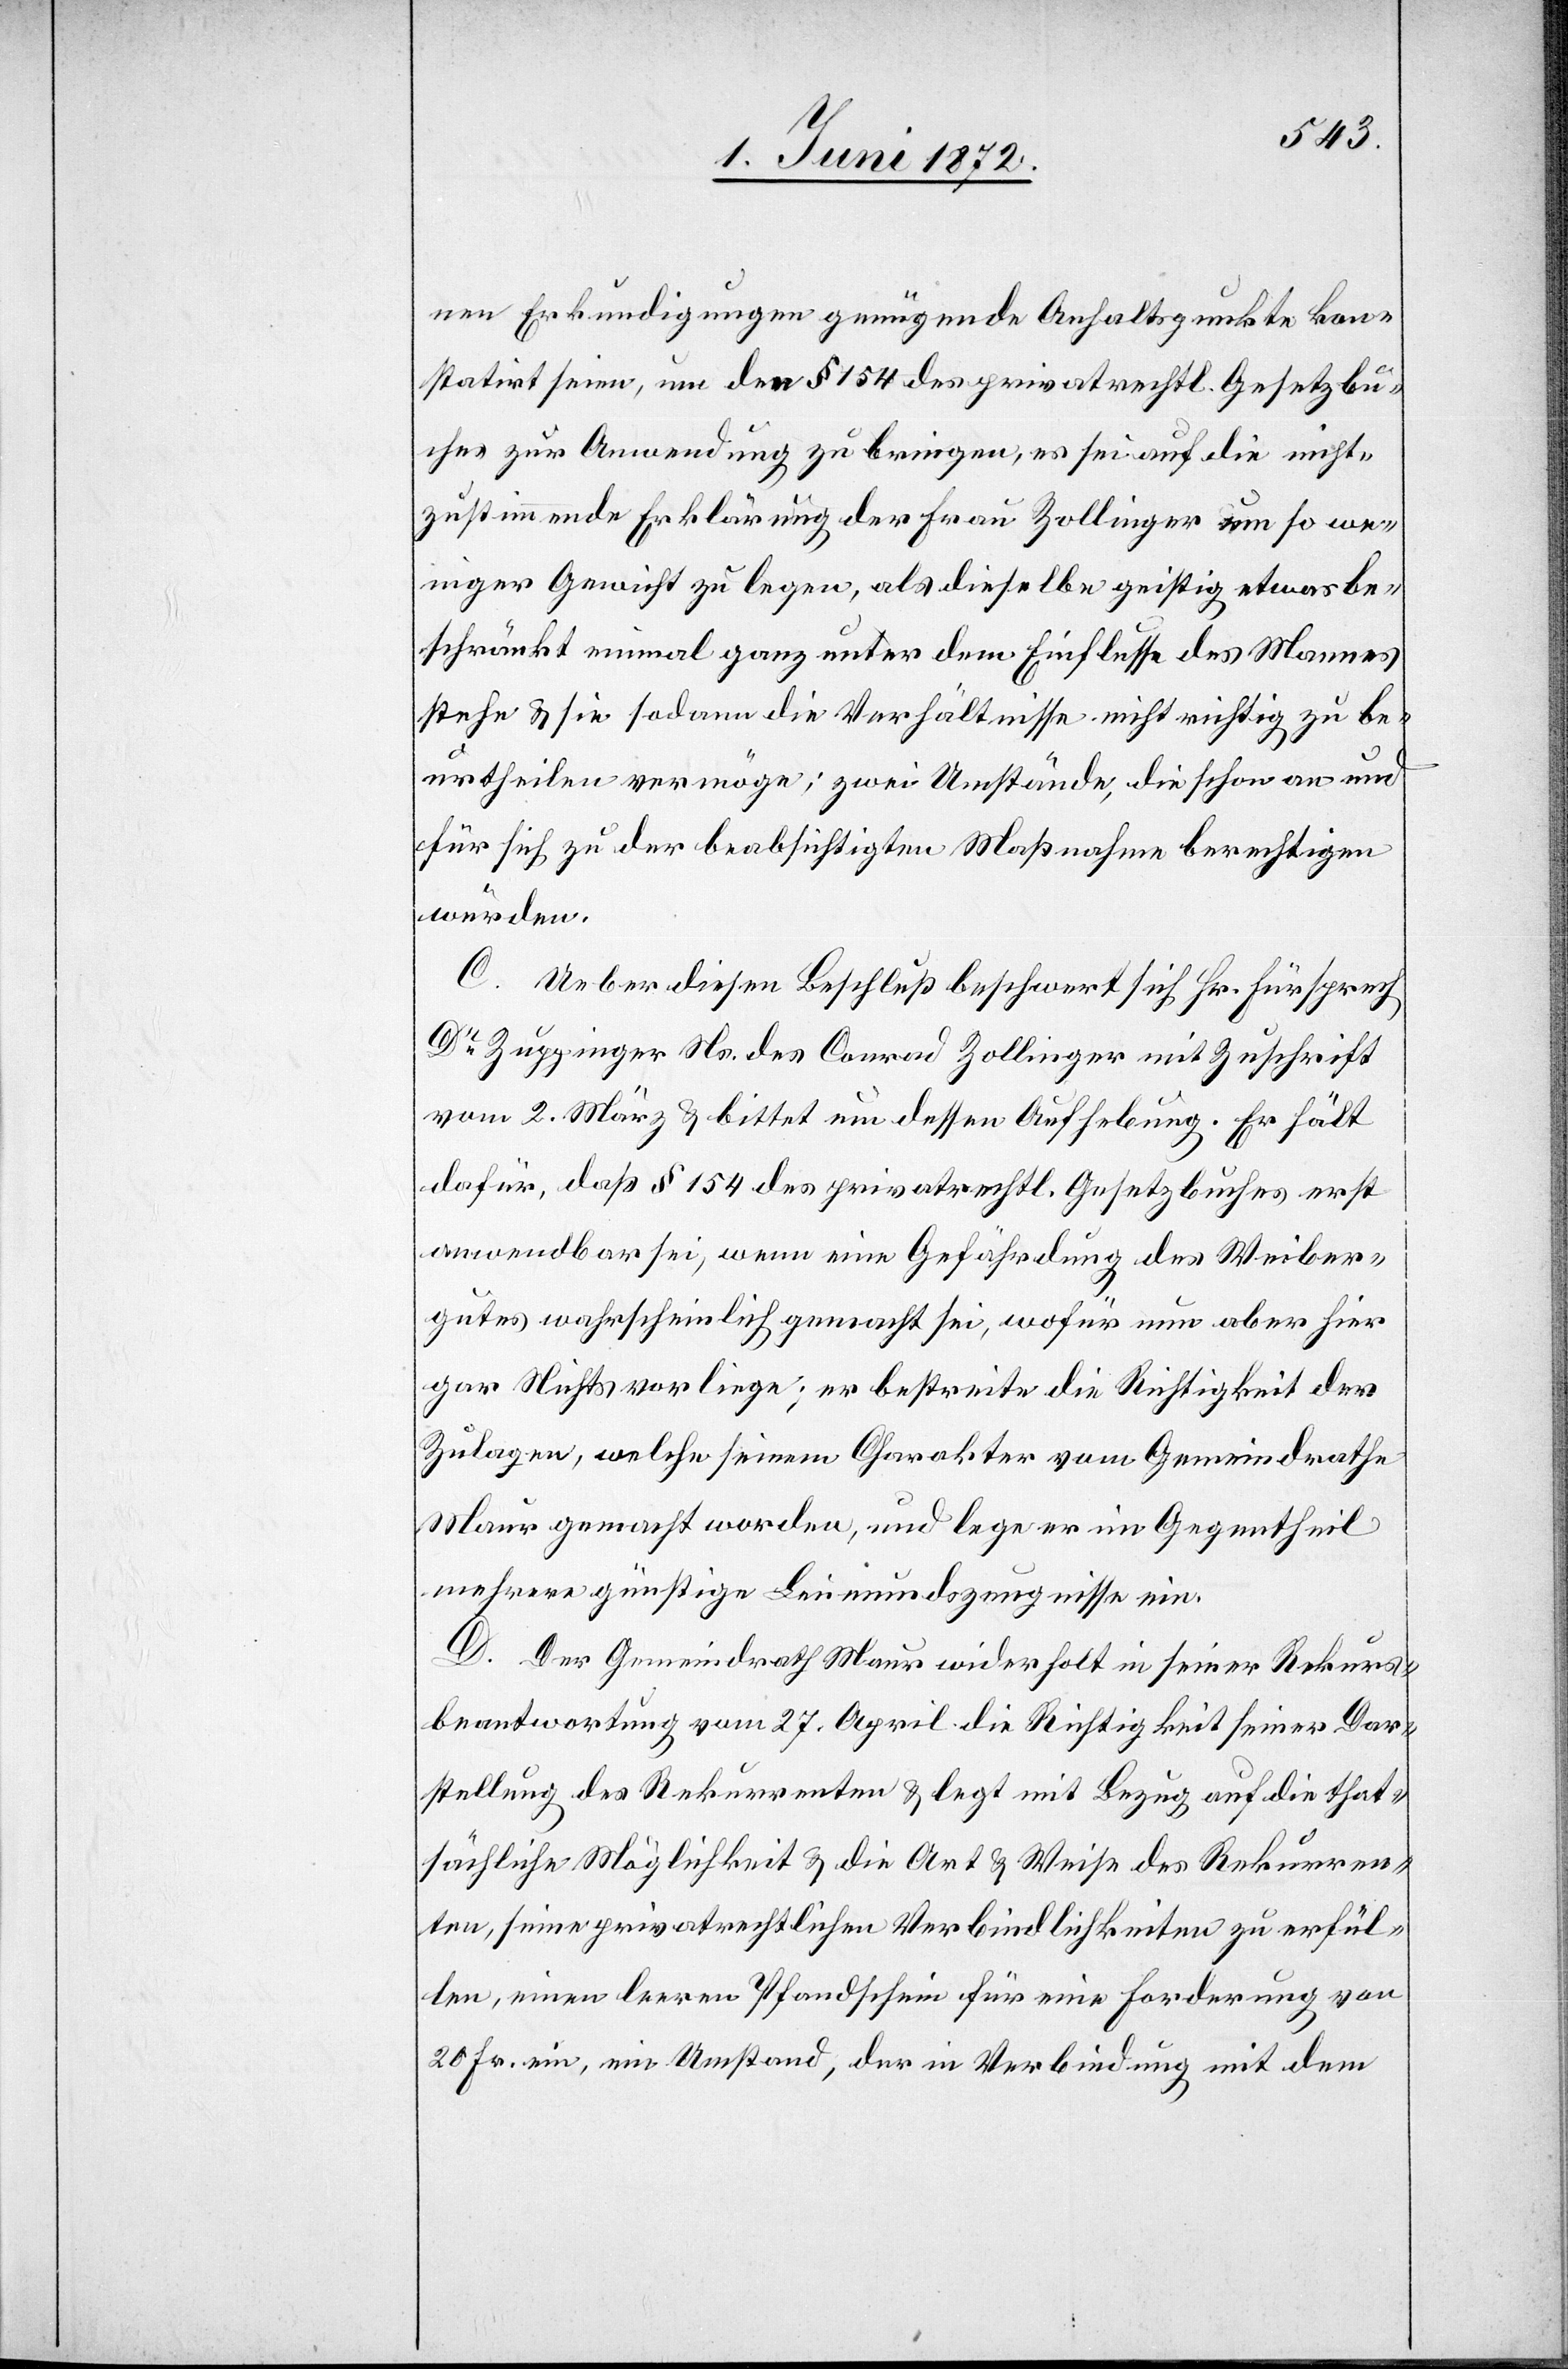
nen Erkundigungen genügende Anhaltspunkte kon¬
statirt seien, um den § 154 des privatrechtl. Gesetzbu¬
ches zur Anwendung zu bringen, es sei auf die nicht¬
zustimmende Erklärung der Frau Zollinger um so we¬
niger Gewicht zu legen, als dieselbe geistig etwas be¬
schränkt einmal ganz unter dem Einflusse des Mannes
stehe u. sie sodann die Verhältnisse nicht richtig zu be¬
urtheilen vermöge; zwei Umstände, die schon an und
für sich zu der beabsichtigten Maßnahme berechtigen
würden.
C. Ueber diesen Beschluß beschwert sich Hr. Fürsprech
Dr Zuppinger Ns. des Conrad Zollinger mit Zuschrift
vom 2. März u. bittet um dessen Aufhebung. Er hält
dafür, daß § 154 des privatrechtl. Gesetzbuches erst
anwendbar sei, wenn eine Gefährdung des Weiber¬
gutes wahrscheinlich gemacht sei, wofür nun aber hier
gar Nichts vorliege; er bestreite die Richtigkeit der
Zulagen, welche seinem Charakter vom Gemeindrathe
Maur gemacht worden, und lege er im Gegentheil
mehrere günstige Leumundszeugnisse ein.
D. Der Gemeindrath Maur widerholt in seiner Rekurs¬
beantwortung vom 27. April die Richtigkeit seiner Dar¬
stellung des Rekurrenten u. legt mit Bezug auf die that¬
sächliche Möglichkeit u. die Art u. Weise des Rekurren¬
ten, seine privatrechtlichen Verbindlichkeiten zu erfül¬
len, einen leeren Pfandschein für eine Forderung von
20 Fr. ein, ein Umstand, der in Verbindung mit dem